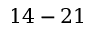
1 4 - 2 1